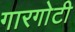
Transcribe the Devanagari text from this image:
गारगाेटी